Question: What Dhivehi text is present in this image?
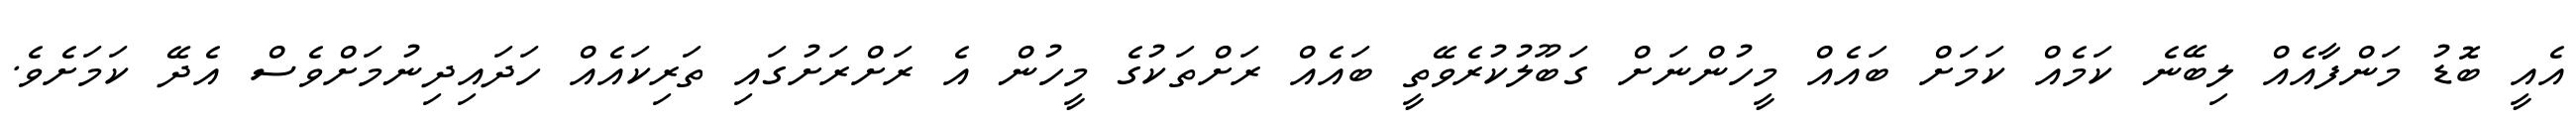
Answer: އެއީ ބޮޑު މަންފާއެއް ލިބޭނެ ކަމެއް ކަމަށް ބައެއް މީހުންނަށް ގަބޫލުކުރެވޭތީ ބައެއް ރަށްތަކުގެ މީހުން އެ ރަށްރަށުގައި ތަރިކައެއް ހަދައިދިނުމަށްވެސް އެދޭ ކަމަށެވެ.